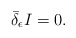
\begin{align*}\bar{\delta}_{\epsilon }I=0. \end{align*}